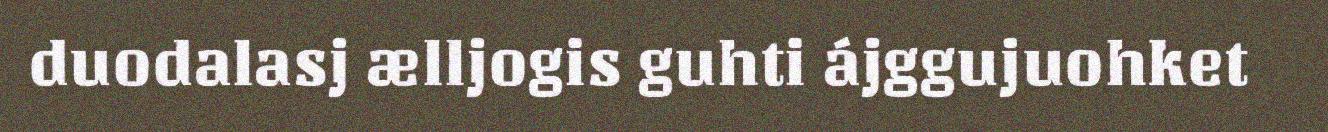
duodalasj ælljogis guhti ájggujuohket